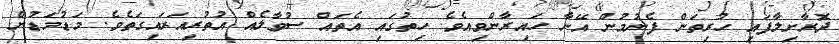
ދޮރާށިލާފައި ހުރިތަން ފެނުމުން އޭނާ ހައިރާންވިއެވެ. ހިތުގައި އެތައް ސުވާލެއް އުތުރިއަރައިގަތެވެ. މަޑުމަޑުން